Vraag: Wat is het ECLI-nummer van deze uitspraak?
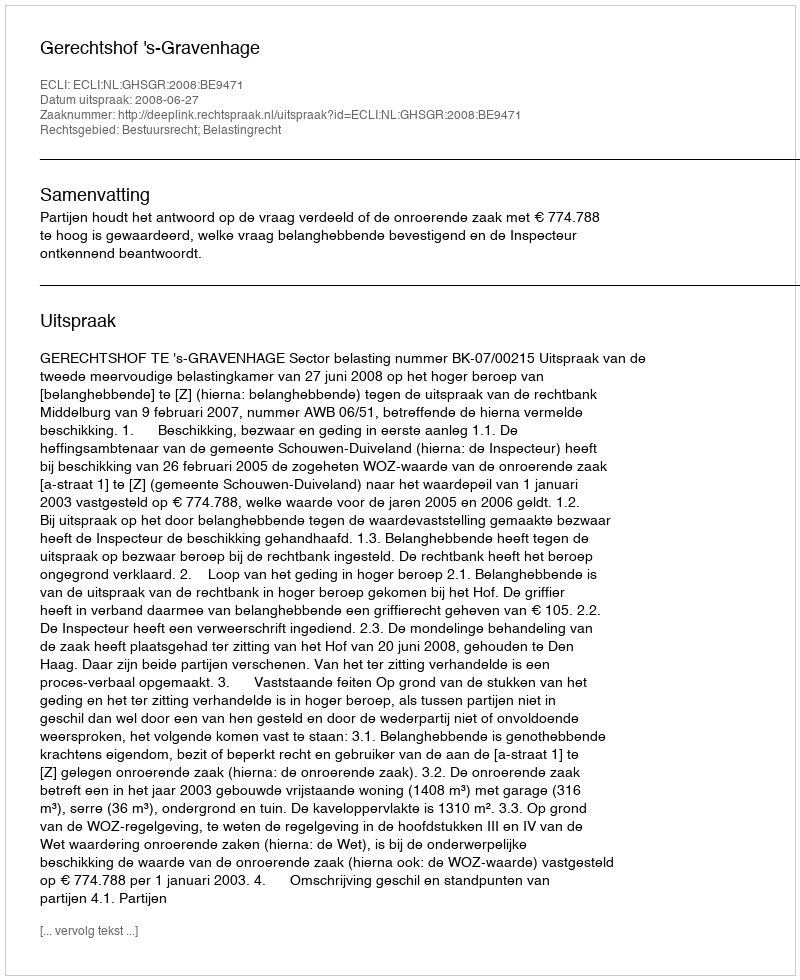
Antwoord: ECLI:NL:GHSGR:2008:BE9471